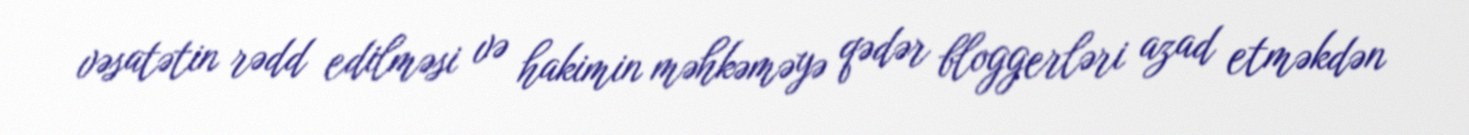
vəsatətin rədd edilməsi və hakimin məhkəməyə qədər bloggerləri azad etməkdən